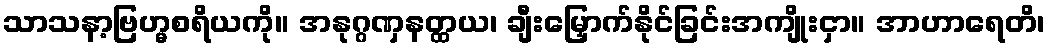
သာသနာ့ဗြဟ္မစရိယကို။ အနုဂ္ဂဏှနတ္ထယ၊ ချီးမြှောက်နိုင်ခြင်းအကျိုးငှာ။ အာဟာရေတိ၊